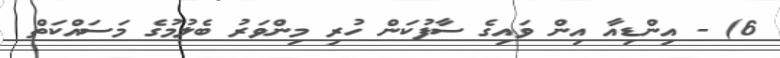
6) - އިންޑިއާ އިން ވައިގެ ސާފުކަން ހުރި މިންވަރު ބެލުމުގެ މަސައްކަތް